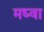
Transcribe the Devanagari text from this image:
मध्वा